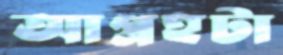
আগ্রহটা